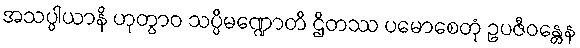
အသပ္ပါယာနိ ဟုတွာဝ သပ္ပိမဏ္ဍောတိ ဌိတဿ ပမောစေတုံ ဥပဇီဝန္တေန